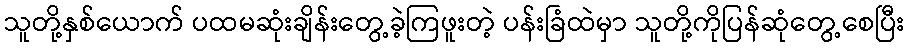
သူတို့နှစ်ယောက် ပထမဆုံးချိန်းတွေ့ခဲ့ကြဖူးတဲ့ ပန်းခြံထဲမှာ သူတို့ကိုပြန်ဆုံတွေ့စေပြီး